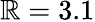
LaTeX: \mathbb{R}=3.1